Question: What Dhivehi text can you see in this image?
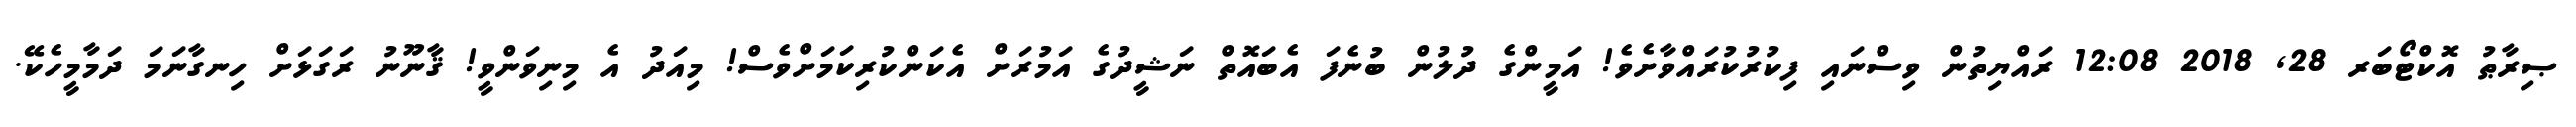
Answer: ޞިރާޠު އޮކްޓޯބަރ 28, 2018 12:08 ރައްޔިތުން ވިސްނައި ފިކުރުކުރައްވާށެވެ! އަމީންގެ ދުލުން ބުނެފަ އެބައޮތް ނަޝީދުގެ އަމުރަށް އެކަންކުރިކަމަށްވެސް! މިއަދު އެ މިނިވަންވީ! ޤާނޫނު ރަގަޅަށް ހިނގާނަމަ ދަމާމީހެކޭ.